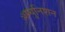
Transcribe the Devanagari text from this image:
ॲम्युनिशन